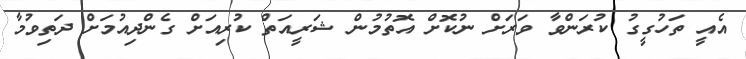
އެއީ ތަހުގީގު ކުރަންވާ ވަރަށް ނުކޮށް އޮތުމުން ޝަރީއަތް ކުރިއަށް ގެންދިއުމަށް ދަތިވުމާ